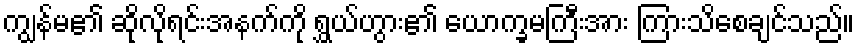
ကျွန်မ၏ ဆိုလိုရင်းအနက်ကို ရွှယ်ဟွား၏ ယောက္ခမကြီးအား ကြားသိစေချင်သည်။